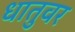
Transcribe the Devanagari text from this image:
धातुवर